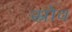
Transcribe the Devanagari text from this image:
स्रोव